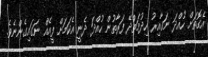
އެގޮތަށް ހުއްދަ ނަގާއިރު ހިދުމަތްދޭ ފަރާތުން ހުއްދަ ދެނީ އެކަމަށް ފީއެއް ނަގައިގެންނެވެ.